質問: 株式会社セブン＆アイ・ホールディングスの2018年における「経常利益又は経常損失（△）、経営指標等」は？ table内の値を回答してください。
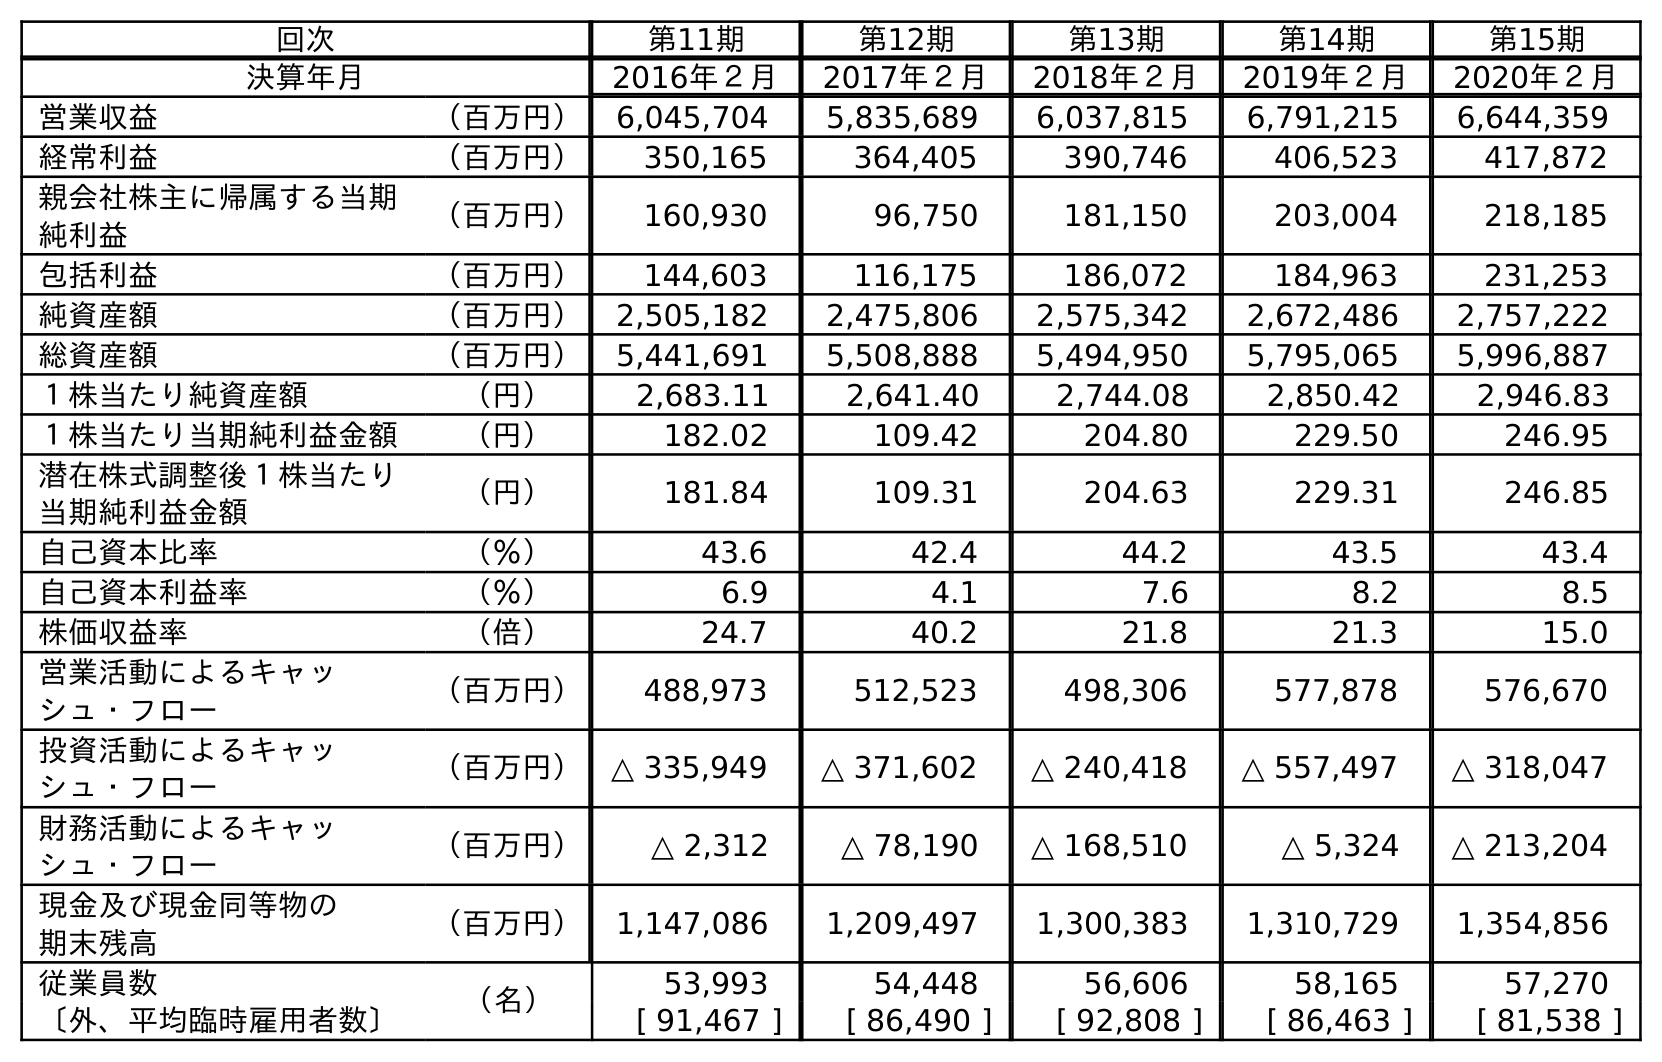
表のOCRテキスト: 回次 第11期 第12期 第13期 第14期 第15期 決算年月 2016年２月 2017年２月 2018年２月 2019年２月 2020年２月 営業収益 （百万円） 6,045,704 5,835,689 6,037,815 6,791,215 6,644,359 経常利益 （百万円） 350,165 364,405 390,746 406,523 417,872 親会社株主に帰属する当期 純利益 （百万円） 160,930 96,750 181,150 203,004 218,185 包括利益 （百万円） 144,603 116,175 186,072 184,963 231,253 純資産額 （百万円） 2,505,182 2,475,806 2,575,342 2,672,486 2,757,222 総資産額 （百万円） 5,441,691 5,508,888 5,494,950 5,795,065 5,996,887 １株当たり純資産額 （円） 2,683.11 2,641.40 2,744.08 2,850.42 2,946.83 １株当たり当期純利益金額 （円） 182.02 109.42 204.80 229.50 246.95 潜在株式調整後１株当たり 当期純利益金額 （円） 181.84 109.31 204.63 229.31 246.85 自己資本比率 （％） 43.6 42.4 44.2 43.5 43.4 自己資本利益率 （％） 6.9 4.1 7.6 8.2 8.5 株価収益率 （倍） 24.7 40.2 21.8 21.3 15.0 営業活動によるキャッ シュ・フロー （百万円） 488,973 512,523 498,306 577,878 576,670 投資活動によるキャッ シュ・フロー （百万円） △ 335,949 △ 371,602 △ 240,418 △ 557,497 △ 318,047 財務活動によるキャッ シュ・フロー （百万円） △ 2,312 △ 78,190 △ 168,510 △ 5,324 △ 213,204 現金及び現金同等物の 期末残高 （百万円） 1,147,086 1,209,497 1,300,383 1,310,729 1,354,856 従業員数 （名） 53,993 54,448 56,606 58,165 57,270 〔外、平均臨時雇用者数〕 [ 91,467 ] [ 86,490 ] [ 92,808 ] [ 86,463 ] [ 81,538 ]
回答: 390,746